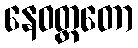
နေဝတ္ထတော